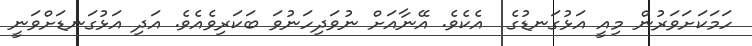
ހަމަކަށަވަރުން މިއީ އަޅުގަނޑުގެ  އެކެވެ. އޭނާއަށް ނުވަދިހަނުވަ ބަކަރިވެއެވެ. އަދި އަޅުގަނޑަށްވަނީ